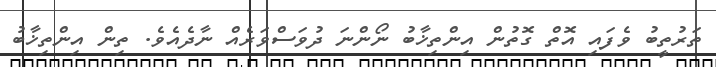
ތަރުތީބު ވެފައި އޮތް ގޮތުން އިންތިޚާބު ނޯންނަ ދުވަސްވަރެއް ނާދެއެވެ. ތިން އިންތިޚާބު